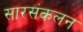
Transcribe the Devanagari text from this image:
सारसंकलन